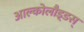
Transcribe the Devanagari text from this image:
आल्कोलौइ्डस्